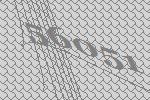
56051